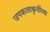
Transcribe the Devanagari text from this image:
उपकलाकृतींच्या